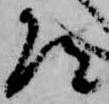
道